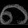
Digit: ၈